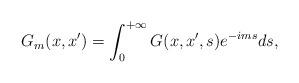
LaTeX: \begin{align*}G_m(x,x^{\prime })=\int_0^{+\infty }G(x,x^{\prime },s)e^{-ims}ds,\end{align*}